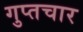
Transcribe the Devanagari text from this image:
गुप्तचार